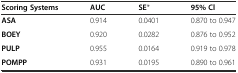
<table><thead><tr><td><b>Scoring Systems</b></td><td><b>AUC</b></td><td><b>SE*</b></td><td><b>95%Cl</b></td></tr></thead><tbody><tr><td><b>ASA</b></td><td>0.914</td><td>0.0401</td><td>0.870 to 0.947</td></tr><tr><td><b>BOEY</b></td><td>0.920</td><td>0.0282</td><td>0.876 to 0.952</td></tr><tr><td><b>PULP</b></td><td>0.955</td><td>0.0164</td><td>0.919 to 0.978</td></tr><tr><td><b>POMPP</b></td><td>0.931</td><td>0.0195</td><td>0.890 to 0.961</td></tr></tbody></table>